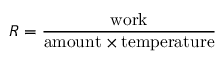
R = { \frac { \mathrm { w o r k } } { \mathrm { a m o u n t } \times \mathrm { t e m p e r a t u r e } } }